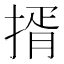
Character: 揟